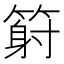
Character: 𥱈